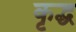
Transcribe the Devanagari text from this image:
कृद्ध